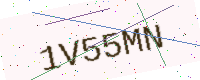
Text: 1V55MN